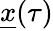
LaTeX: \underline{{x}}(\tau)